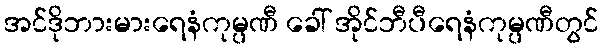
အင်ဒိုဘားမားရေနံကုမ္ပဏီ ခေါ် အိုင်ဘီပီရေနံကုမ္ပဏီတွင်